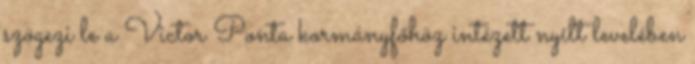
szögezi le a Victor Ponta kormányfőhöz intézett nyílt levelében